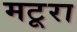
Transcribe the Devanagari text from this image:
मटूरा